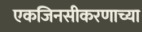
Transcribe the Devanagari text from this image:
एकजिनसीकरणाच्या